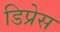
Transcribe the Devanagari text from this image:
डिप्रेस